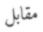
مقابل